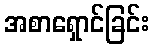
အစာရှောင်ခြင်း